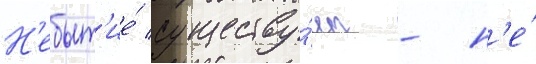
Н'ебыт'ие́ существу́ет - н'е́